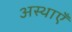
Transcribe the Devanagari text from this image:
अस्थाएँ